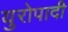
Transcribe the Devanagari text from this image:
युरोपादी